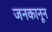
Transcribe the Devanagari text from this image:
जनकानून